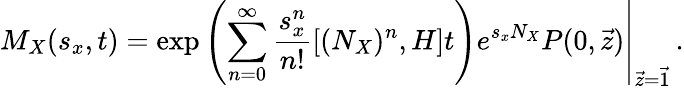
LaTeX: M_{X}(s_{x},t)=\left.\exp\left(\sum_{n=0}^{\infty}\frac{s_{x}^{n}}{n!}[(N_{X})^{n},H]t\right)e^{s_{x}N_{X}}P(0,\vec{z})\right|_{\vec{z}=\vec{1}}\, .